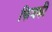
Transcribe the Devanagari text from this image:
फिजकी